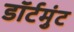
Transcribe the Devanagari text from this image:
डॉर्टमुंट